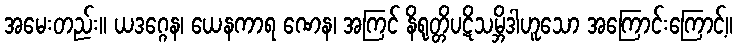
အမေးတည်း။ ယဒဂ္ဂေန၊ ယေနကာရ ဏေန၊ အကြင် နိရုတ္တိပဋိသမ္ဘိဒါဟူသော အကြောင်းကြောင့်။